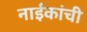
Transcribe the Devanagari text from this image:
नाईकांची